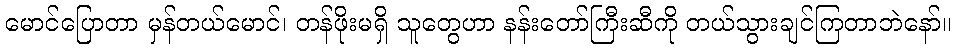
မောင်ပြောတာ မှန်တယ်မောင်၊ တန်ဖိုးမရှိ သူတွေဟာ နန်းတော်ကြီးဆီကို တယ်သွားချင်ကြတာဘဲနော်။